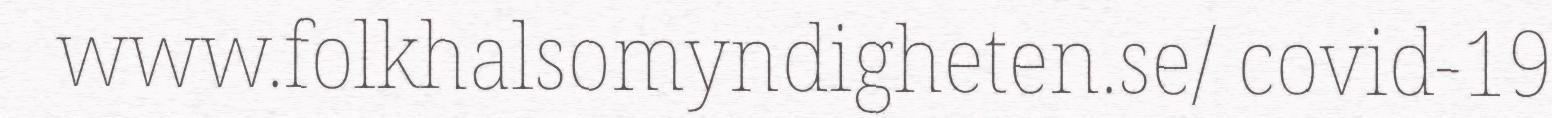
www.folkhalsomyndigheten.se/ covid-19